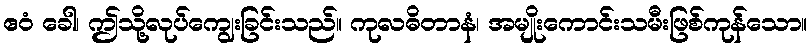
ဧဝံ ခေါ၊ ဤသို့လုပ်ကျွေးခြင်းသည်။ ကုလဓိတာနံ၊ အမျိုးကောင်းသမီးဖြစ်ကုန်သော။